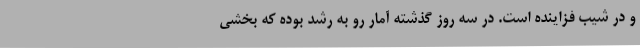
و در شیب فزاینده است. در سه روز گذشته آمار رو به رشد بوده که بخشی